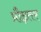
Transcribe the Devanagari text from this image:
प्रौढ़तर